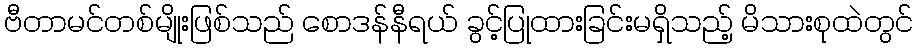
ဗီတာမင်တစ်မျိုးဖြစ်သည် စောဒန်နီရယ် ခွင့်ပြုထားခြင်းမရှိသည့် မိသားစုထဲတွင်